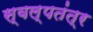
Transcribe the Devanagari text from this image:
स्वल्पतंत्र